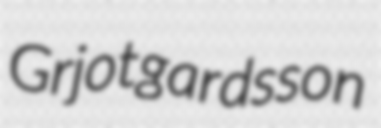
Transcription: Grjotgardsson